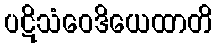
ပဋိသံဝေဒိယေထာတိ